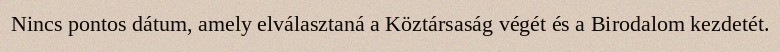
Nincs pontos dátum, amely elválasztaná a Köztársaság végét és a Birodalom kezdetét.